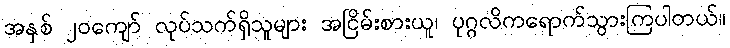
အနှစ် ၂၀ကျော် လုပ်သက်ရှိသူများ အငြိမ်းစားယူ၊ ပုဂ္ဂလိကရောက်သွားကြပါတယ်။